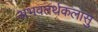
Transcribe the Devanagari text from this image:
अभवतर्थकलासु